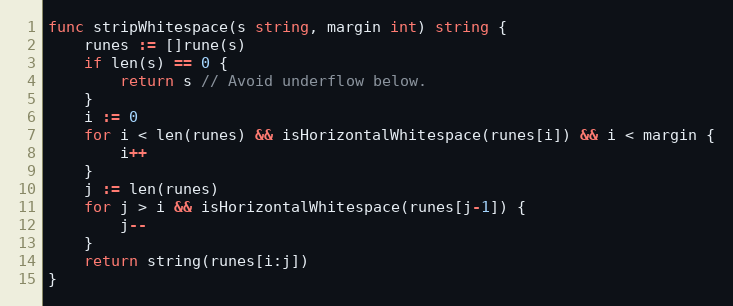
Language: Go
func stripWhitespace(s string, margin int) string {
	runes := []rune(s)
	if len(s) == 0 {
		return s // Avoid underflow below.
	}
	i := 0
	for i < len(runes) && isHorizontalWhitespace(runes[i]) && i < margin {
		i++
	}
	j := len(runes)
	for j > i && isHorizontalWhitespace(runes[j-1]) {
		j--
	}
	return string(runes[i:j])
}